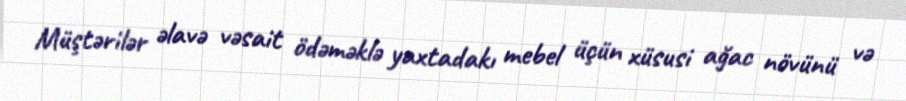
Müştərilər əlavə vəsait ödəməklə yaxtadakı mebel üçün xüsusi ağac növünü və